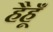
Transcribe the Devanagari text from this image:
हैहूँ